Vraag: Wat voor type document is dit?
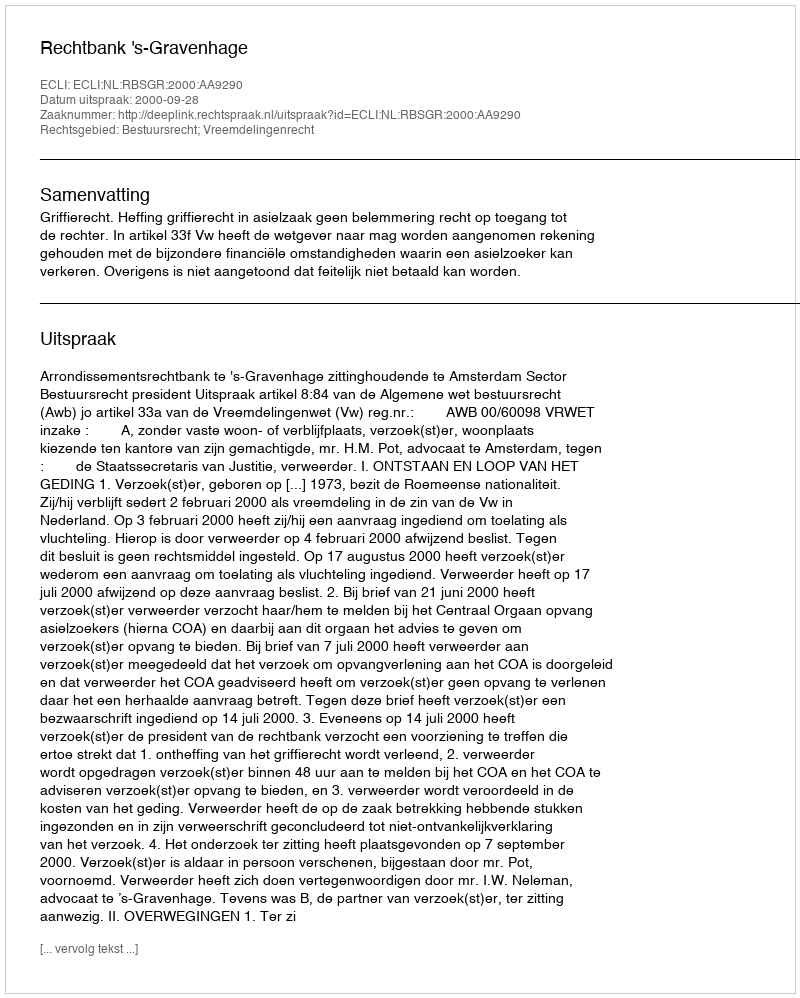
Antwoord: Uitspraak